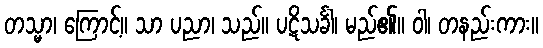
တသ္မာ၊ ကြောင့်။ သာ ပညာ၊ သည်။ ပဋိသင်္ခါ၊ မည်၏။ ဝါ၊ တနည်းကား။